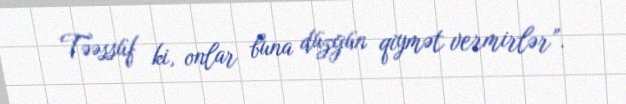
Təəssüf ki, onlar buna düzgün qiymət vermirlər”.